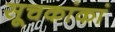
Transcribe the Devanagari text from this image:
सूचकांकां